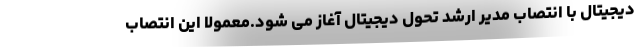
دیجیتال با انتصاب مدیر ارشد تحول دیجیتال آغاز می شود.معمولا این انتصاب